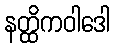
နတ္ထိကဝါဒေါ